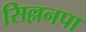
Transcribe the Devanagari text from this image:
सिल्लनपा